Lunatic asylums Burma 1907-21 - 1907-1921
Year: 1907
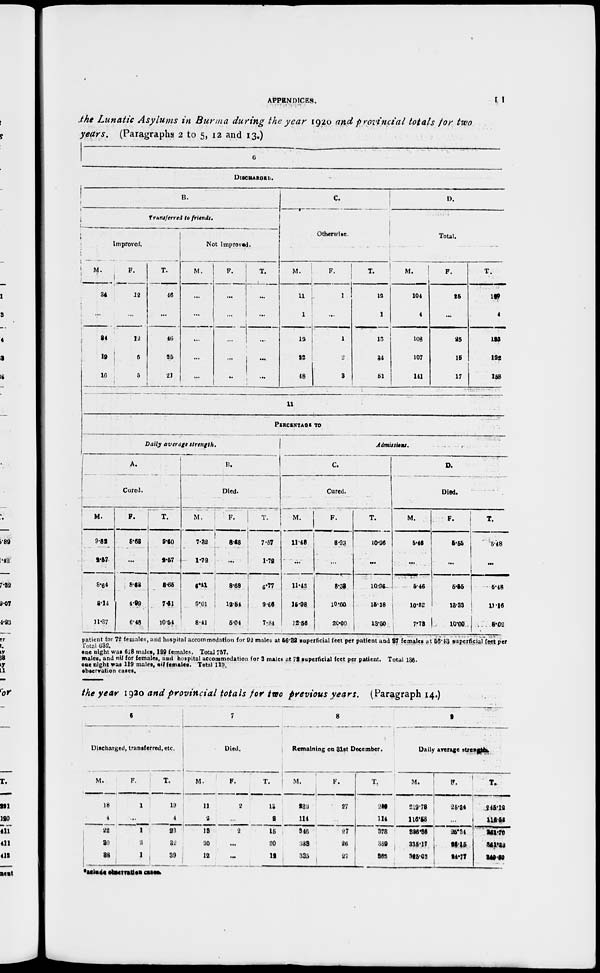
APPENDICES.
11
the Lunatic Asylums in Burma during the year 1920 and provincial totals for two
years. (Paragraphs 2 to 5, 12 and 13.)
6
DISCHARGED.
B.
Transferred to friends.
Improved.
M.
34
...
34
19
16
F.
18
...
12
6
5
T.
46
...
46
25
21
Not Improved.
M.
...
...
...
...
...
F.
...
...
...
...
...
T.
...
...
...
...
...
C.
Otherwise.
M.
11
1
12
22
48
F.
1
...
1
2
3
T.
12
1
13
24
51
D.
Total.
M.
104
4
108
107
141
F.
25
...
25
15
17
T.
129
4
133
122
158
11
PERCENTAGE TO
Daily average
strength.
A.
Cured.
M.
5.82
2.57
8.64
8.14
11.37
F.
3.68
...
8.68
4.99
6.48
T.
9.50
2.57
8.65
7.61
10.54
B.
Died.
M.
7.32
1.72
6.41
9.01
8.41
F.
8.68
...
8.68
12.84
5.04
T.
7.57
1.72
6.77
9.66
7.84
Admissions.
C.
Cured.
M.
11.48
...
11.43
15.98
12.56
F.
8.33
...
8.38
10.00
20.00
T.
10.96
...
10.96
15.18
13.50
D.
Died.
M.
5.46
...
5.46
10.82
7.72
F.
5.55
...
5.55
13.33
10.00
T.
5.48
...
5.48
11.16
8.02
patient for 72 females, and hospital accommodation for 92 males at 56.32 superficial feet per patient and 27 females at 56.43 superficial feet per
Total 632.
one night was 618 males, 139 females. Total 757.
males, and nil for females, and hospital accommodation for 3 males at 72 superficial feet per patient. Total 136.
one night was 119 males, nil females. Total 119.
observation cases.
the year 1920 and provincial totals for two previous years. (Paragraph 14.)
6
Discharged, transferred, etc.
M.
18
4
22
20
38
F.
1
...
1
2
1
T.
19
4
23
22
39
7
Died.
M.
11
2
13
20
12
F.
2
...
2
...
...
T.
13
2
15
20
12
8
Remaining on 31st December.
M.
232
114
346
333
335
F.
27
...
27
26
27
T.
259
114
373
359
362
9
Daily average strength.
M.
219.78
116.58
336.36
335.17
325.03
F.
26.34
...
25.34
26.15
24.77
T.
245.12
116.58
361.70
361.32
349.80
Include observation cases.